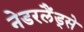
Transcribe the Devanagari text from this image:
नेडरलैंड्से